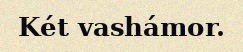
Két vashámor.